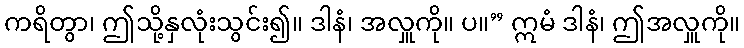
ကရိတွာ၊ ဤသို့နှလုံးသွင်း၍။ ဒါနံ၊ အလှူကို။ ပ။” ဣမံ ဒါနံ၊ ဤအလှူကို။